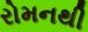
રોમનથી